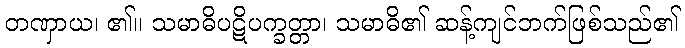
တဏှာယ၊ ၏။ သမာဓိပဋိပက္ခတ္တာ၊ သမာဓိ၏ ဆန့်ကျင်ဘက်ဖြစ်သည်၏